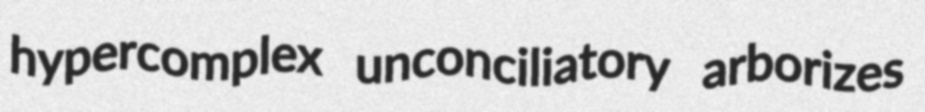
hypercomplex unconciliatory arborizes